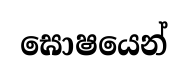
ඝොෂයෙන්